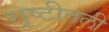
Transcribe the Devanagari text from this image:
सृष्टीतली